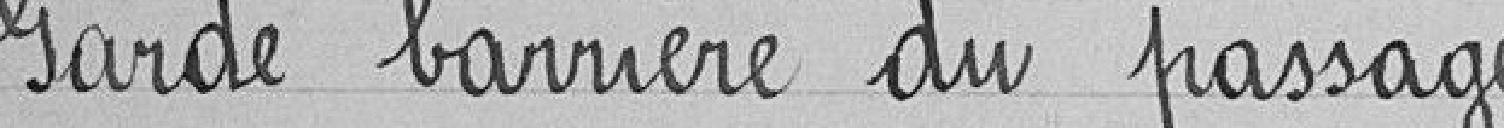
Garde barrière du passage